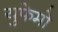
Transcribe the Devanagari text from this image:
युफेमो